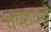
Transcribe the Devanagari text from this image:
तंवरावती